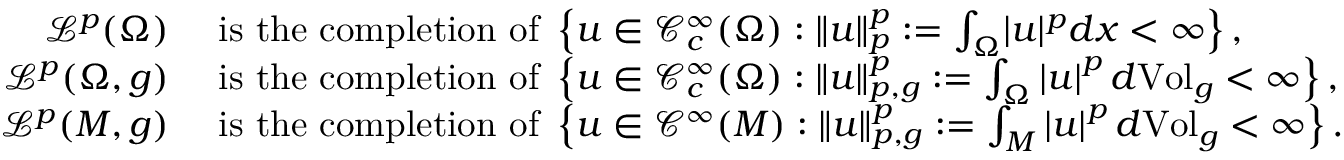
\begin{array} { r l } { \mathcal { L } ^ { p } ( \Omega ) \ } & { \mathrm { i s \ t h e \ c o m p l e t i o n \ o f } \ \left\{ u \in \mathcal C _ { c } ^ { \infty } ( \Omega ) : \Vert u \Vert _ { p } ^ { p } : = \int _ { \Omega } \lvert u \rvert ^ { p } d x < \infty \right\} , } \\ { \mathcal { L } ^ { p } ( \Omega , g ) \ } & { \mathrm { i s \ t h e \ c o m p l e t i o n \ o f } \ \left\{ u \in \mathcal C _ { c } ^ { \infty } ( \Omega ) : \Vert u \Vert _ { p , g } ^ { p } : = \int _ { \Omega } \left\lvert u \right\rvert ^ { p } d \mathrm { V o l } _ { g } < \infty \right\} , } \\ { \mathcal { L } ^ { p } ( M , g ) \ } & { \mathrm { i s \ t h e \ c o m p l e t i o n \ o f } \ \left\{ u \in \mathcal C ^ { \infty } ( M ) : \Vert u \Vert _ { p , g } ^ { p } : = \int _ { M } \left\lvert u \right\rvert ^ { p } d \mathrm { V o l } _ { g } < \infty \right\} . } \end{array}